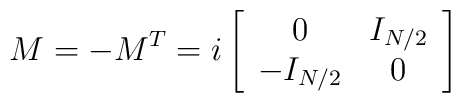
M=-M^T=i\left[ \begin{array}{cc}0&I_{N/2}\\ -I_{N/2}&0 \end{array}\right]